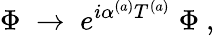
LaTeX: \Phi\; \rightarrow\; e^{i\alpha^{(a)}T^{(a)}}\; \Phi\ ,